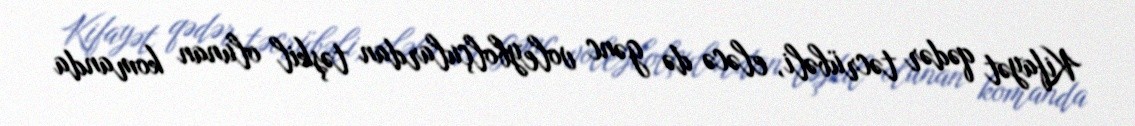
Kifayət qədər təcrübəli, eləcə də gənc voleybolçulardan təşkil olunan komanda